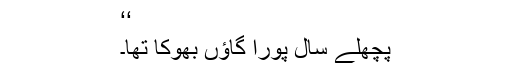
‘‘
پچھلے سال پورا گاؤں بھوکا تھا۔